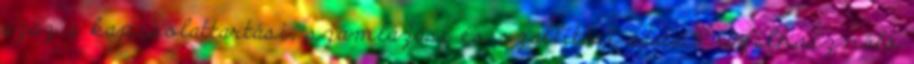
azaz a kapcsolattartási, számlázási és szállítási adatait. A felhasználó